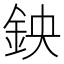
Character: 鉠